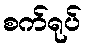
စက်ရုပ်